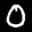
Label: 0